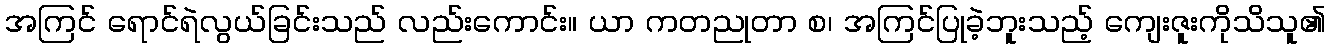
အကြင် ရောင်ရဲလွယ်ခြင်းသည် လည်းကောင်း။ ယာ ကတညုတာ စ၊ အကြင်ပြုခဲ့ဘူးသည့် ကျေးဇူးကိုသိသူ၏